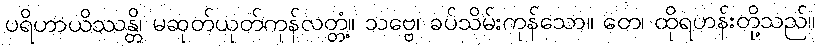
ပရိဟာယိဿန္တိ၊ မဆုတ်ယုတ်ကုန်လတ္တံ့။ သဗ္ဗေ၊ ခပ်သိမ်းကုန်သော။ တေ၊ ထိုရဟန်းတို့သည်။